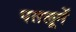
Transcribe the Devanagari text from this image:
पतलूनें